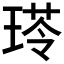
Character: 𤧍